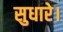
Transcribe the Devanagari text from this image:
सुधारे।